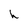
Character: h